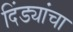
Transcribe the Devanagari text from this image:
दिंड्यांचा